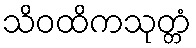
သိဝထိကသုတ္တံ